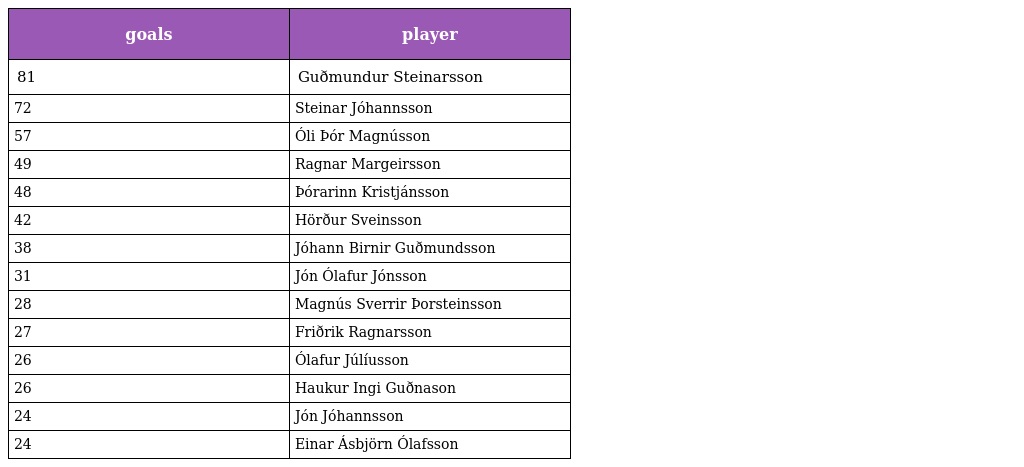
| goals | player |
 | --- | --- |
 | 81 | Guðmundur Steinarsson |
 | 72 | Steinar Jóhannsson |
 | 57 | Óli Þór Magnússon |
 | 49 | Ragnar Margeirsson |
 | 48 | Þórarinn Kristjánsson |
 | 42 | Hörður Sveinsson |
 | 38 | Jóhann Birnir Guðmundsson |
 | 31 | Jón Ólafur Jónsson |
 | 28 | Magnús Sverrir Þorsteinsson |
 | 27 | Friðrik Ragnarsson |
 | 26 | Ólafur Júlíusson |
 | 26 | Haukur Ingi Guðnason |
 | 24 | Jón Jóhannsson |
 | 24 | Einar Ásbjörn Ólafsson |